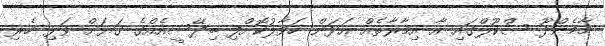
މާމެންދޫ ސްކޫލްގައި އާ އިމާރާތެއް އަޅަން ހަވާލުކޮށްފި ބިދޭސީއެއްގެ ގަޔަށް ވަޅި ހެރި